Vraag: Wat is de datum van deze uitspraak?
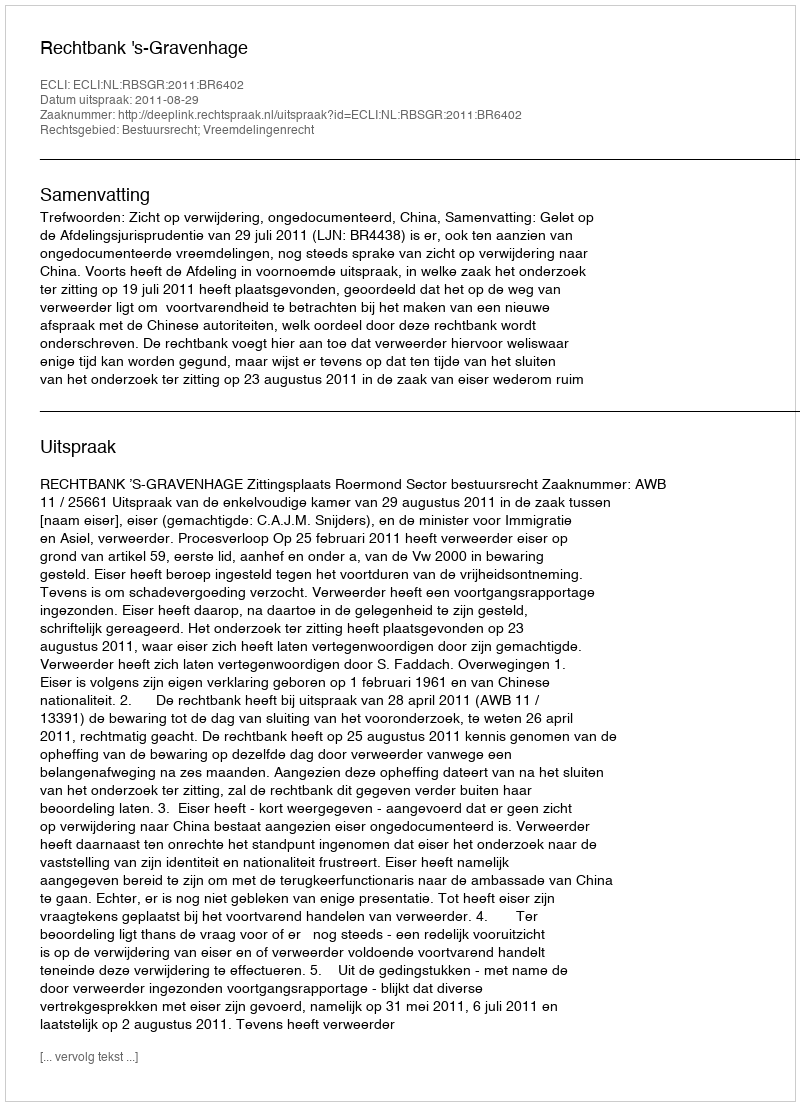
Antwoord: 2011-08-29